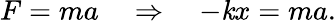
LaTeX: F=ma\quad\Rightarrow\quad-\mathit{k}x=ma.